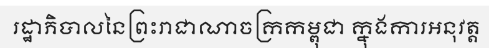
រដ្ឋាភិបាលនៃព្រះរាជាណាចក្រកម្ពុជា ក្នុងការអនុវត្ត